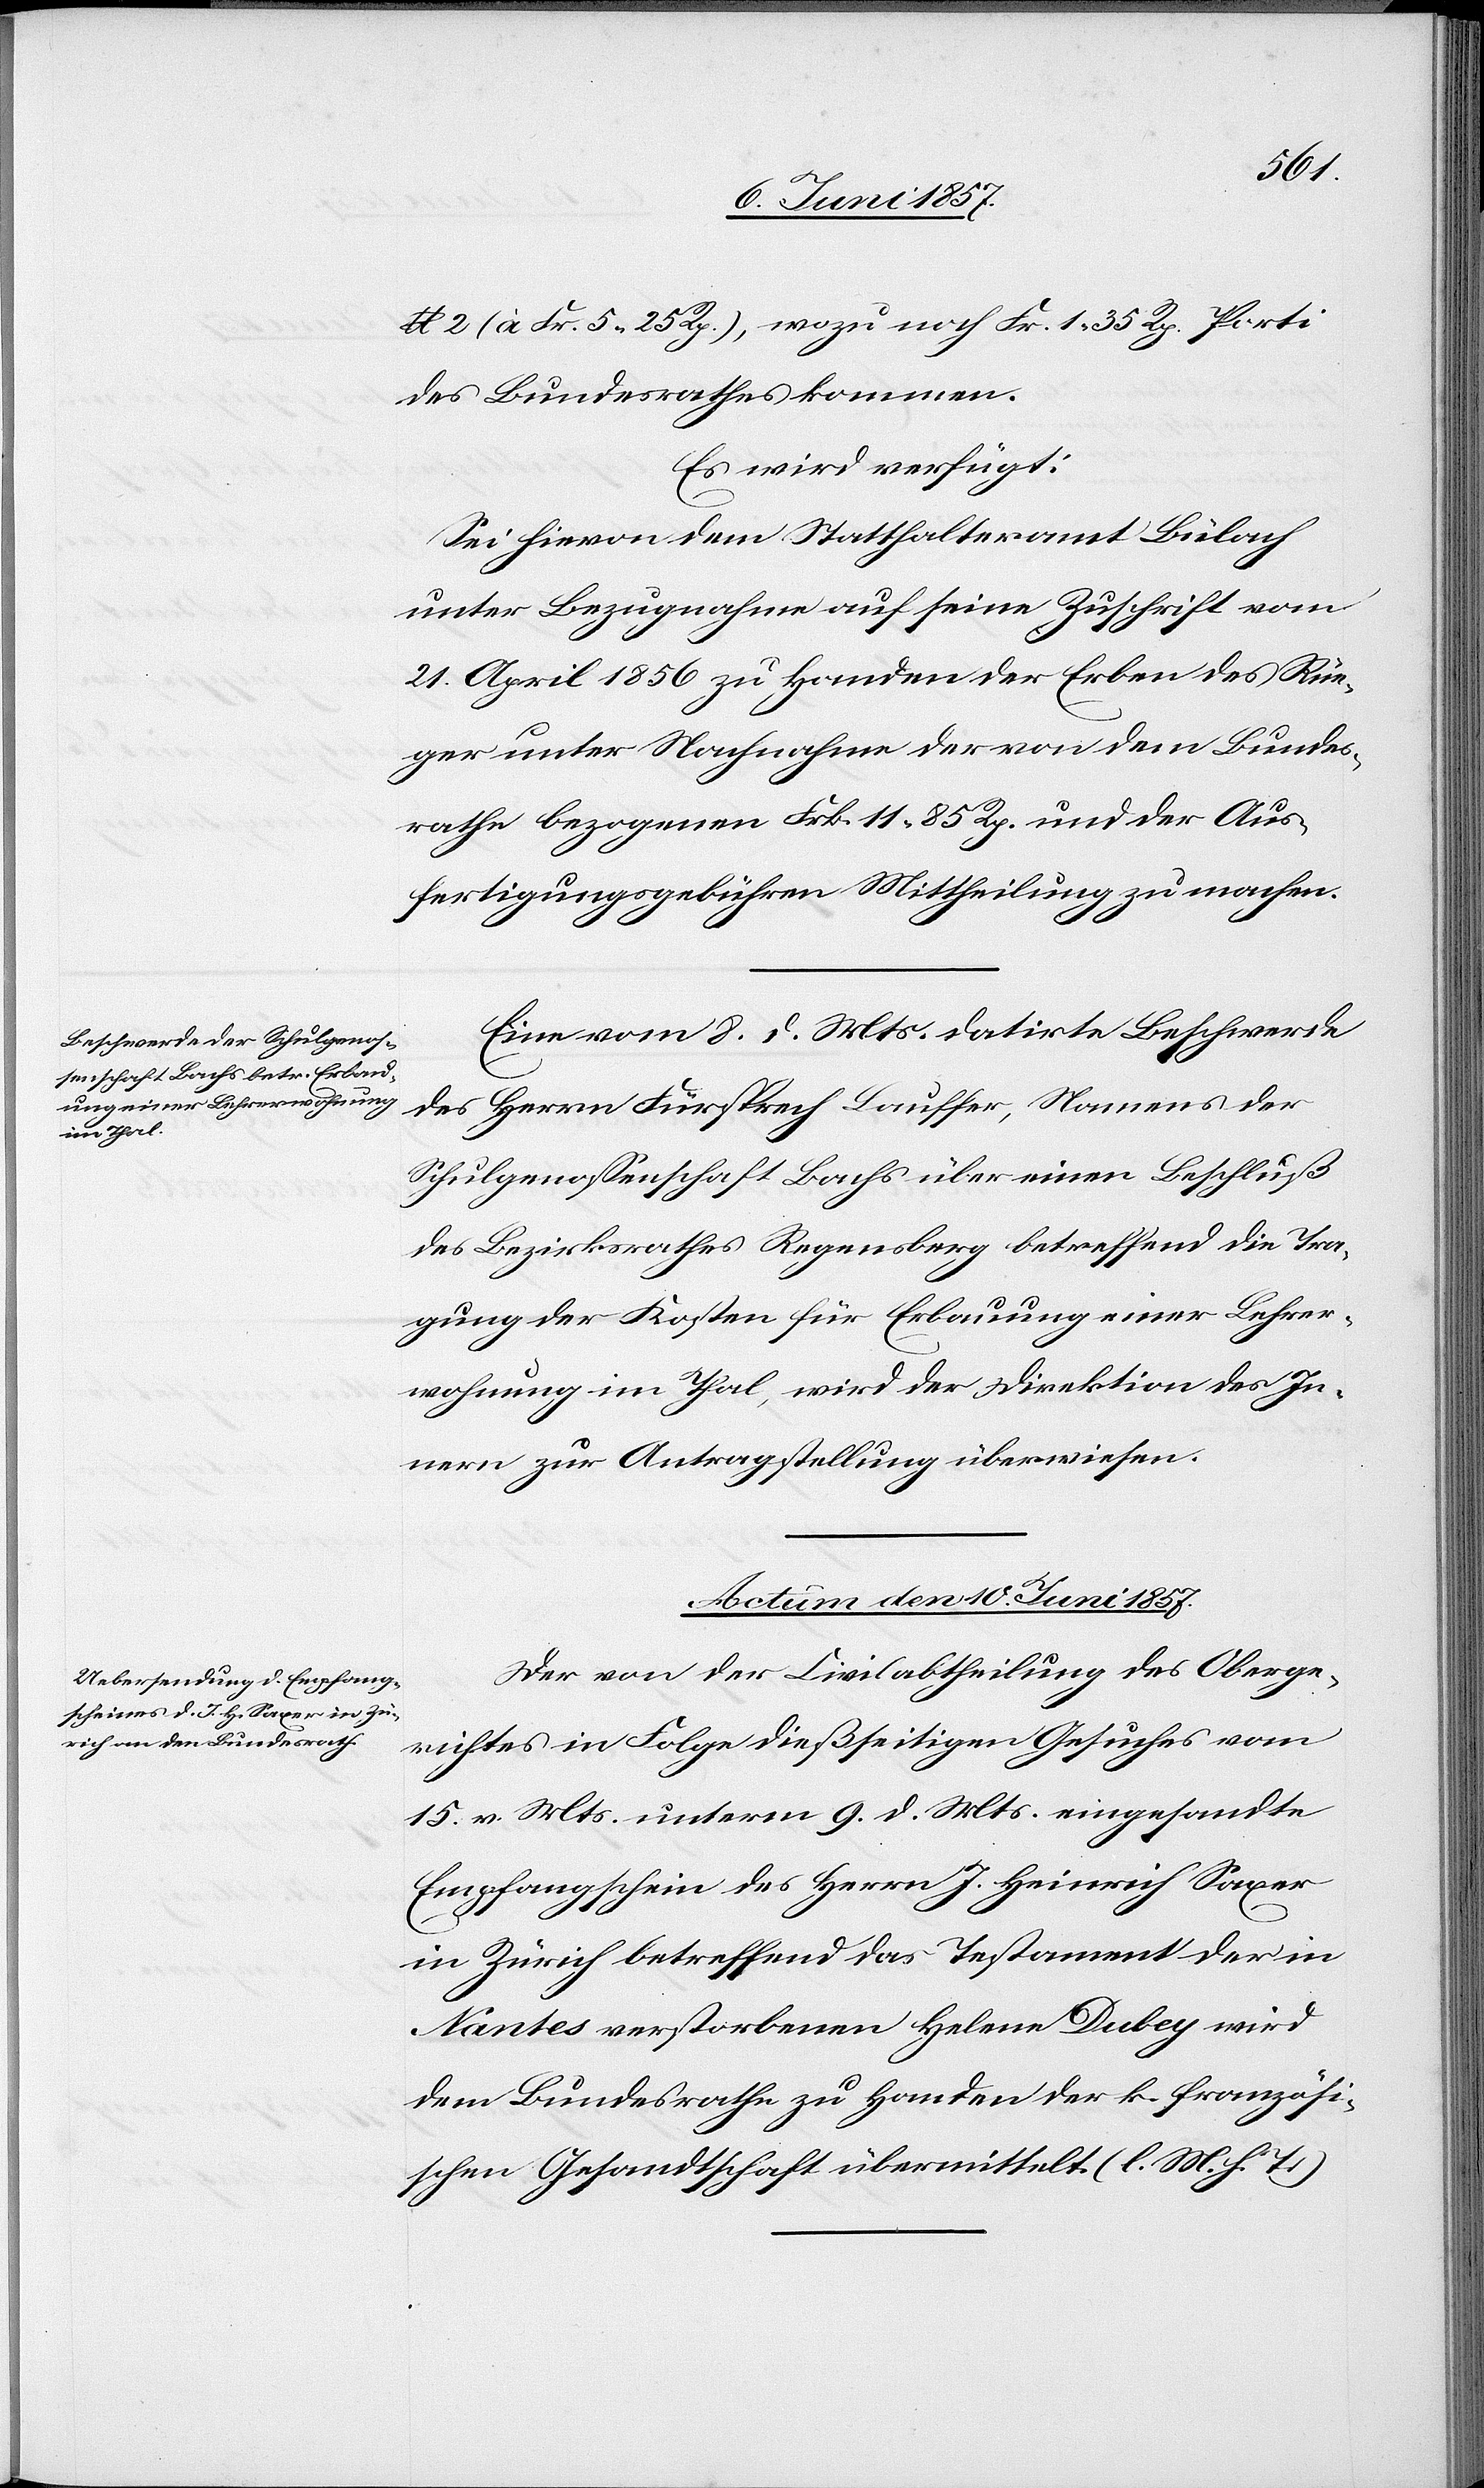
(à Fr. 5. 25 Rp.), wozu noch Fr. 1. 35 Rp. Porti
des Bundesrathes kommen.
Es wird verfügt:
Sei hievon dem Statthalteramte Bülach
unter Bezugnahme auf seine Zuschrift vom
21 April 1856 zu Handen der Erben des Rüe¬
ger unter Nachnahme der von dem Bundes¬
rathe bezogenen Frk. 11. 85 Rp. und der Aus¬
fertigungsgebühren Mittheilung zu machen.
Eine vom 8 d. Mts. datirte Beschwerde
des Herrn Fürsprech Lauffer, Namens der
Schulgenossenschaft Bachs über einen Beschluß
des Bezirksrathes Regensberg betreffend die Tra¬
gung der Kosten für Erbauung einer Lehrer¬
wohnung im Thal, wird der Direktion des In¬
nern zur Antragstellung überwiesen.
Actum den 10 Juni 1857.
Der von der Civilabtheilung des Oberge¬
richtes in Folge dießseitigen Gesuches vom
15 v. Mts. unterm 9 d. Mts. eingesandte
Empfangsschein des Herrn J. Heinrich Saxer
in Zürich betreffend das Testament der in
Nantes verstorbenen Helene Dubey wird
dem Bundesrathe zu Handen der k. französi¬
schen Gesandtschaft übermittelt. [l. M. h. T]